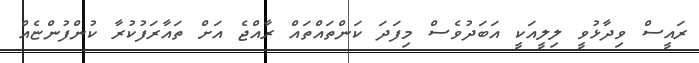
ރައީސް ވިދާޅުވީ ލިލީއަކީ އަބަދުވެސް މިފަދަ ކަންތައްތައް ރާއްޖެ އަށް ތައާރަފުކުރާ ކުންފުންޏެއް